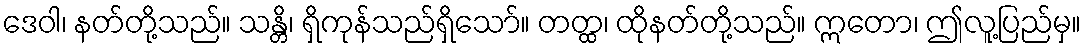
ဒေဝါ၊ နတ်တို့သည်။ သန္တိ၊ ရှိကုန်သည်ရှိသော်။ တတ္ထ၊ ထိုနတ်တို့သည်။ ဣတော၊ ဤလူ့ပြည်မှ။